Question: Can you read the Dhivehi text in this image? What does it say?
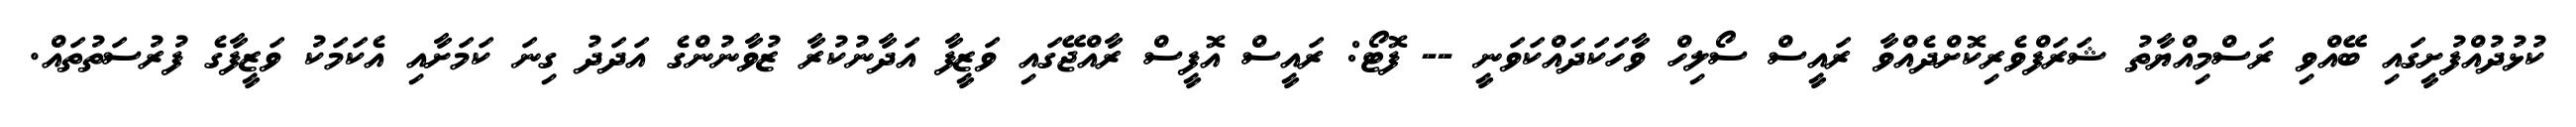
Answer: ކުޅުދުއްފުށީގައި ބޭއްވި ރަސްމިއްޔާތު ޝަރަފްވެރިކޮށްދެއްވާ ރައީސް ސޯލިހް ވާހަކަދައްކަވަނީ -- ފޮޓޯ: ރައީސް އޮފީސް ރާއްޖޭގައި ވަޒީފާ އަދާނުކުރާ ޒުވާނުންގެ އަދަދު ގިނަ ކަމަށާއި އެކަމަކު ވަޒީފާގެ ފުރުސަތުތައް.